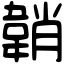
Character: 韒